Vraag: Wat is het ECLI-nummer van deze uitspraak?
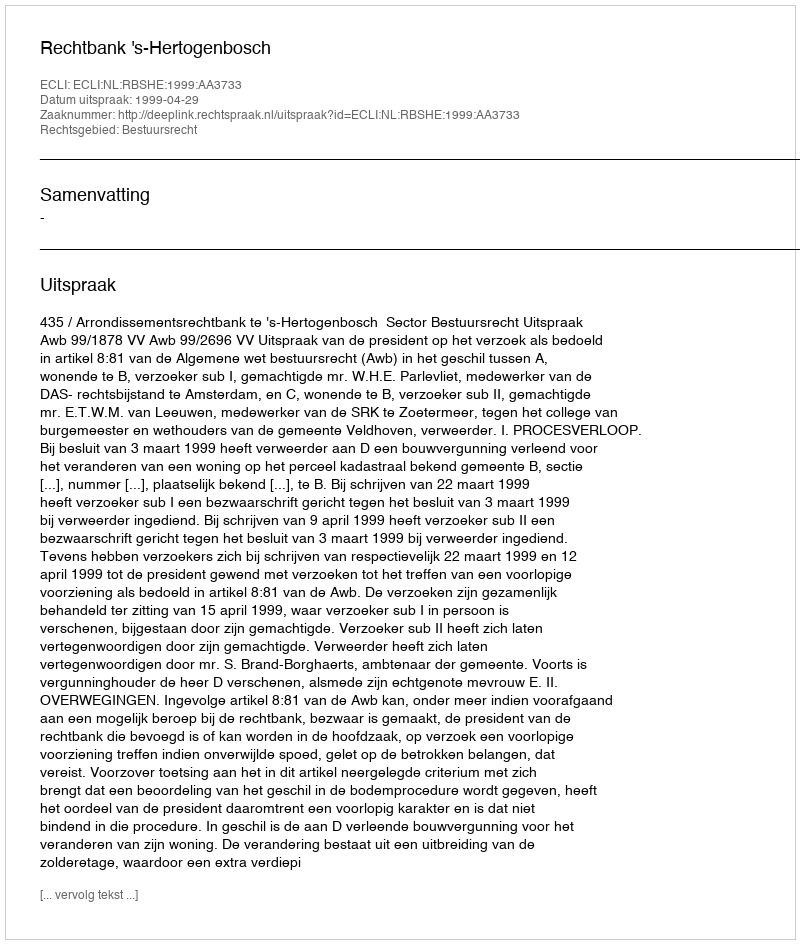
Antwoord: ECLI:NL:RBSHE:1999:AA3733